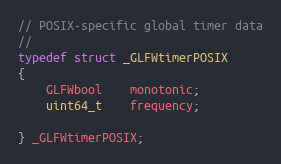
Language: C
// POSIX-specific global timer data
//
typedef struct _GLFWtimerPOSIX
{
    GLFWbool    monotonic;
    uint64_t    frequency;

} _GLFWtimerPOSIX;